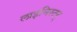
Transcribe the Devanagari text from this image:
लाइनिस्टर्